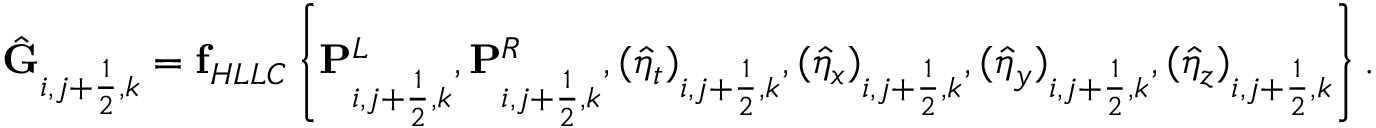
\hat { \mathbf { G } } _ { i , j + \frac { 1 } { 2 } , k } = \mathbf { f } _ { H L L C } \left\{ \mathbf { P } _ { i , j + \frac { 1 } { 2 } , k } ^ { L } , \mathbf { P } _ { i , j + \frac { 1 } { 2 } , k } ^ { R } , ( \hat { \eta } _ { t } ) _ { i , j + \frac { 1 } { 2 } , k } , ( \hat { \eta } _ { x } ) _ { i , j + \frac { 1 } { 2 } , k } , ( \hat { \eta } _ { y } ) _ { i , j + \frac { 1 } { 2 } , k } , ( \hat { \eta } _ { z } ) _ { i , j + \frac { 1 } { 2 } , k } \right\} .